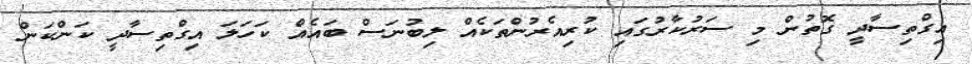
އިގްތިސާދީ ގޮތުން މި ސަރުކާރުގައި ކުރިއެރުންތަކެއް ލިބުނަސް ބައެއް ކަހަލަ އިގްތިސާދީ ކަންކަން